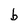
Character: b